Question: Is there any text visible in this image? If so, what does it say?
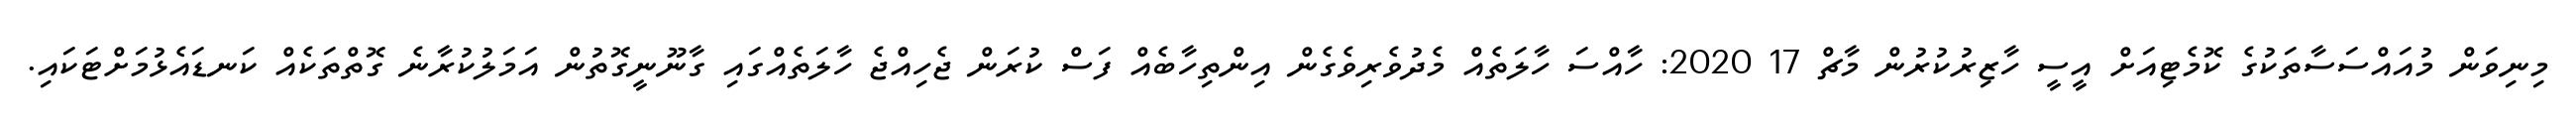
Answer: މިނިވަން މުއައްސަސާތަކުގެ ކޮމެޓިއަށް އީސީ ހާޒިރުކުރުން މާޗް 17 2020: ހާއްސަ ހާލަތެއް މެދުވެރިވެގެން އިންތިހާބެއް ފަސް ކުރަން ޖެހިއްޖެ ހާލަތެއްގައި ގާނޫނީގޮތުން އަމަލުކުރާނެ ގޮތްތަކެއް ކަނޑައެޅުމަށްޓަކައި.